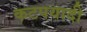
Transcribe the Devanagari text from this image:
कटपयादी